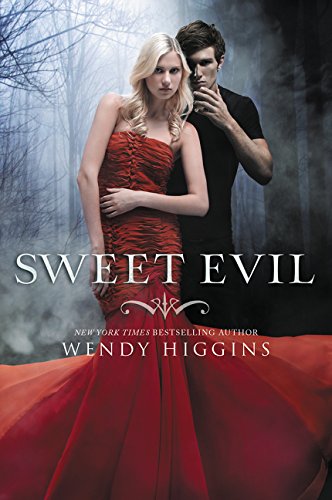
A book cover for Sweet Evil; Wendy Higgins; Teen & Young Adult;